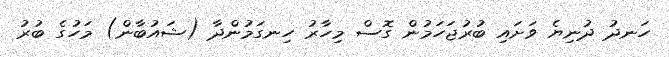
ހަނދު ދުނިޔެ ވަށައި ބުރުޖަހަމުން ގޮސް މިހާރު ހިނގަމުންދާ (ޝައުބާން) މަހުގެ ބުރު